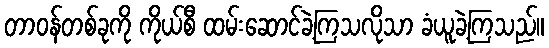
တာဝန်တစ်ခုကို ကိုယ်စီ ထမ်းဆောင်ခဲ့ကြသလိုသာ ခံယူခဲ့ကြသည်။